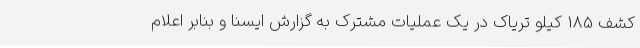
کشف 185 کیلو تریاک در یک عملیات مشترک به گزارش ایسنا و بنابر اعلام